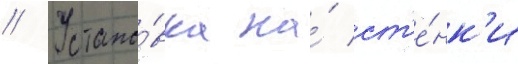
// Устано́вка на́ ст'е́нк'и